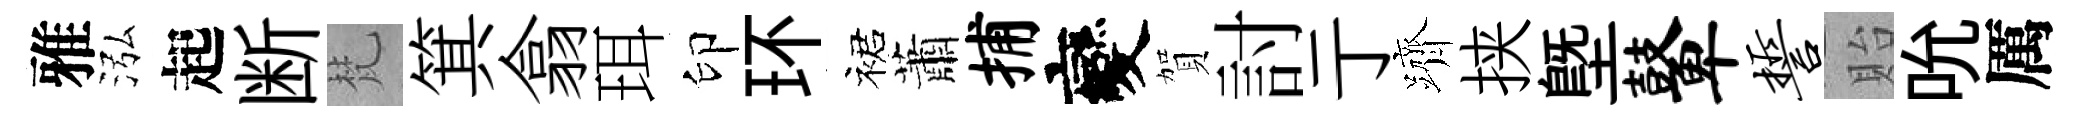
雅泓起断梵箕翕珥印环裙蕭捕變賀討亍躋挟塈鼙誓貽吮厲